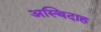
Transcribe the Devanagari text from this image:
अस्थिदाह